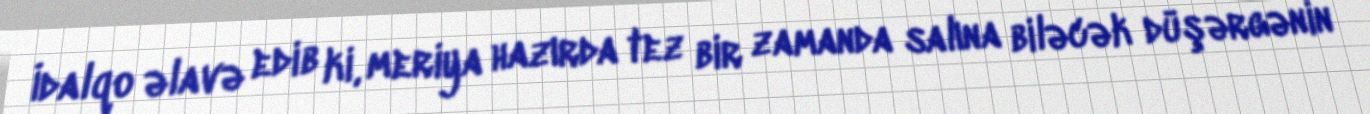
İdalqo əlavə edib ki, meriya hazırda tez bir zamanda salına biləcək düşərgənin